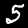
Digit: 5